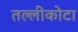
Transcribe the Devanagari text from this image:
तल्लीकोटा